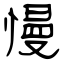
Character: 慢